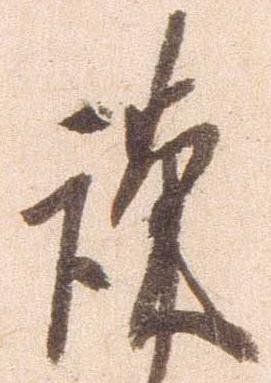
謹